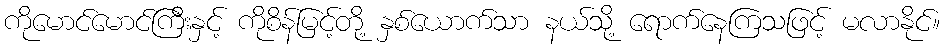
ကိုမောင်မောင်ကြီးနှင့် ကိုစိန်မြင့်တို့ နှစ်ယောက်သာ နယ်သို့ ရောက်နေကြသဖြင့် မလာနိုင်။